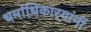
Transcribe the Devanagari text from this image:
धर्माधिकार्‍यांनीं